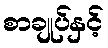
စာချုပ်နှင့်